Vaccination in Burma 1920-1933 - 1920-1933
Year: 1920
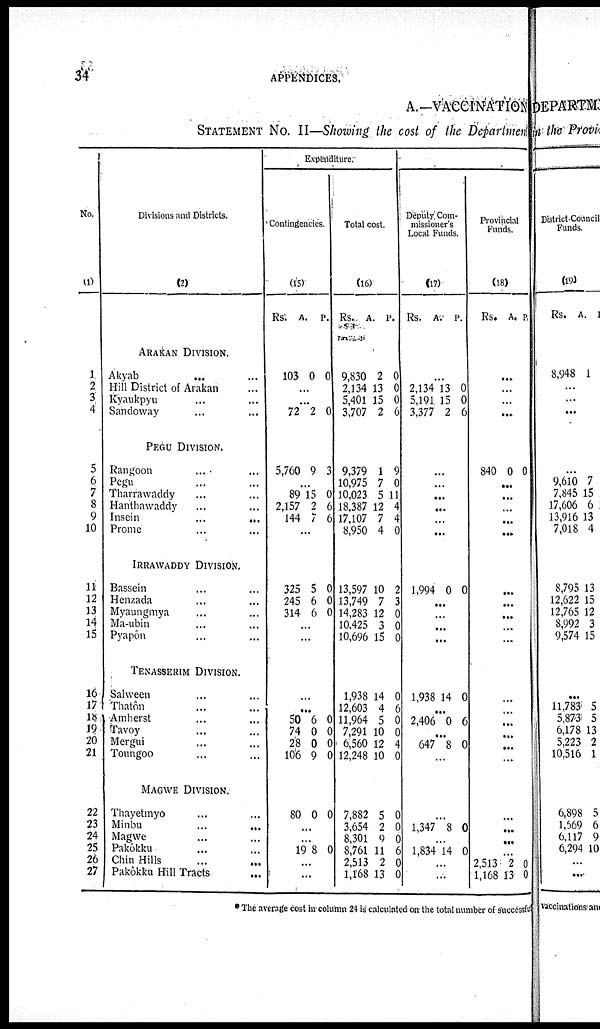
34
APPENDICES.
A.—VACCINATION
STATEMENT NO. II—Showing the cost of the Department
No.
(1)
1
2
3
4
5
6
7
8
9
10
11
12
13
14
15
16
17
18
19
20
21
22
23
24
25
26
27
Divisions and Districts.
(2)
ARAKAN DIVISION.
Akyab ... ...
Hill District of Arakan ...
Kyaukpyu ... ...
Sandoway ... ...
PEGU DIVISION.
Rangoon ... ...
Pegu ... ...
Tharrawaddy ... ...
Hanthawaddy ... ...
Insein
...
...
Prome ... ...
IRRAWADDY DIVISION.
Bassein ... ...
Henzada ... ...
Myaungmya ... ...
Ma-ubin ... ...
Pyapôn ... ...
TENASSERIM DIVISION.
Salween ... ...
Thatôn ... ...
Amherst ... ...
Tavoy ... ...
Mergui ... ...
Toungoo ...
MAGWE DIVISION.
Thayetmyo ... ...
Minbu
...
...
Magwe ... ...
Pakôkku ... ...
Chin Hills ... ...
Pakôkku Hill Tracts ...
Expenditure.
Contingencies.
(15)
Rs.
A. P.
103 0 0
...
...
72 2 0
5,760 9 3
...
89
2,157
144
15
2
7
0
6
6
...
325
245
314
5
6
6
0
0
0
...
...
...
...
50
74
28
106
80
6
0
0
9
0
0
0
0
0
0
...
...
19 8 0
...
...
Total cost.
(16)
Rs.
A.
P.
9,830
2,134
5,401
3,707
2
13
15
2
0
0
0
6
9,379
10,975
10,023
18,387
17,107
8,950
1
7
5
12
7
4
9
0
11
4
4
0
13,597
13,749
14,283
10,425
10,696
10
7
12
3
15
2
3
0
0
0
1,938
12,603
11,964
7,291
6,560
12,248
7,882
3,654
8,301
8,761
2,513
1,168
14
4
5
10
12
10
5
2
9
11
2
13
0
6
0
0
4
0
0
0
6
6
0
0
Deputy Com-
missioner's
Local Funds.
(17)
Rs.
A.
P.
...
2,134
5,191
3,377
13
15
2
0
0
6
...
...
...
...
...
...
1,994 0 0
...
...
...
...
1,938 14 0
...
2,406 0 6
...
647 8 0
...
...
1,347 8 0
...
1,834 14 0
...
...
Provincial
Funds.
(18)
Rs. A. P
...
...
...
...
840 0 0
...
...
...
...
...
...
...
...
...
...
...
...
...
...
...
...
...
...
...
...
2,513
1,168
2
13
0
0
* The average cost in column 24 is calculated on the total number of successfu